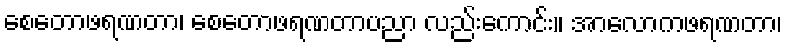
စေတောဖရဏတာ၊ စေတောဖရဏတာပညာ လည်းကောင်း။ အာလောကဖရဏတာ၊